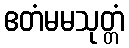
ဧတံမမသုတ္တံ